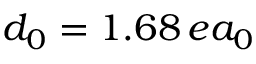
d _ { 0 } = 1 . 6 8 \, e a _ { 0 }